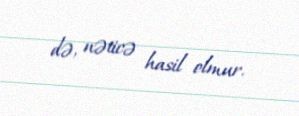
də, nəticə hasil olmur.